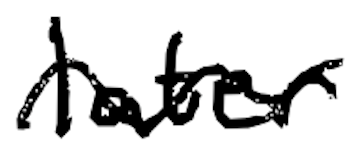
Text: later
Cross-out: wave
Writing tool: digital_black